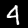
Label: 4